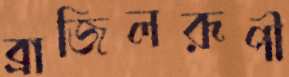
ব্রাজিলরূপী